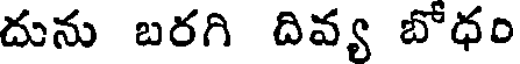
దును బరగి దివ్య బోధం